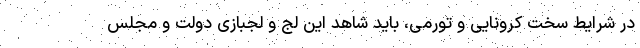
در شرایط سخت کرونایی و تورمی، باید شاهد این لج و لجبازی دولت و مجلس